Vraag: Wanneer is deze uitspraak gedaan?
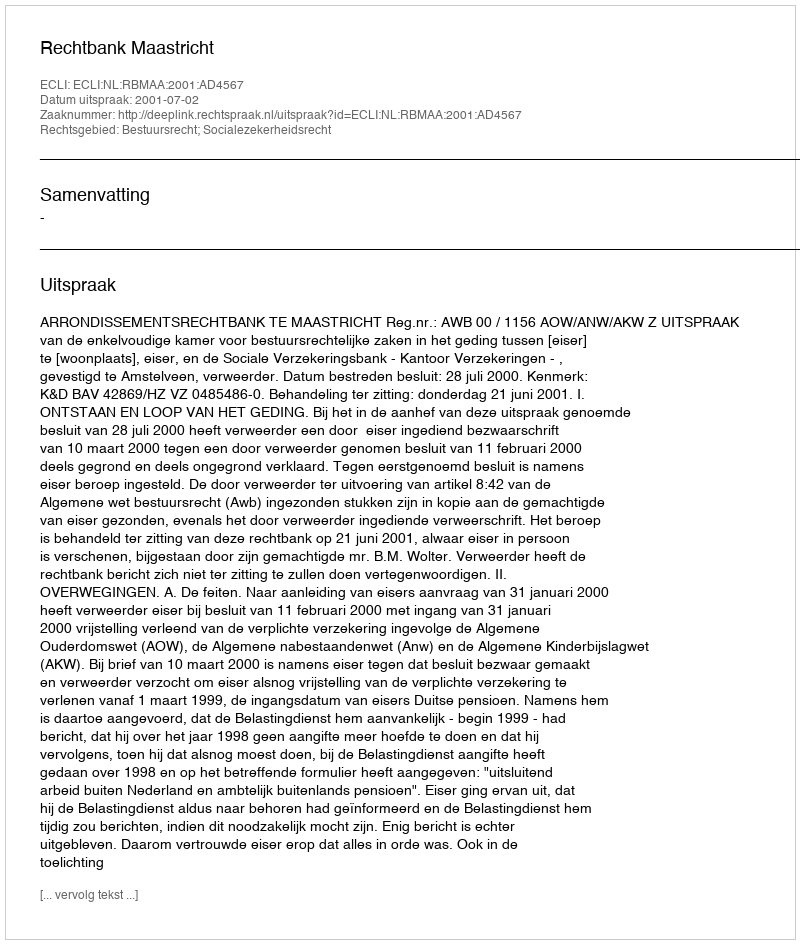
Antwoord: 2001-07-02